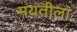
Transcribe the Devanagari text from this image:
मयतीला